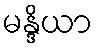
မန္ဒိယာ